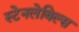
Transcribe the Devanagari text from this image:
स्टेनलेबिल्स